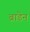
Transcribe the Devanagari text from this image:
ब्राडेन